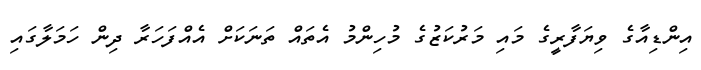
އިންޑިއާގެ ވިޔަފާރީގެ މައި މަރުކަޒުގެ މުހިންމު އެތައް ތަނަކަށް އެއްފަހަރާ ދިން ހަމަލާގައި